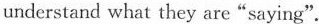
understand what they are"saying".